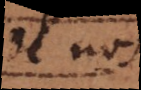
de nous